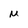
Character: M